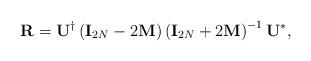
LaTeX: \begin{align*}{\bf R}={\bf U}^{\dagger}\left({\bf I}_{2N}-2{\bf M}\right)\left({\bf I}_{2N}+2{\bf M}\right)^{-1}{\bf U}^{*},\end{align*}